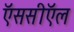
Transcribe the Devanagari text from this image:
ऍससीऍल